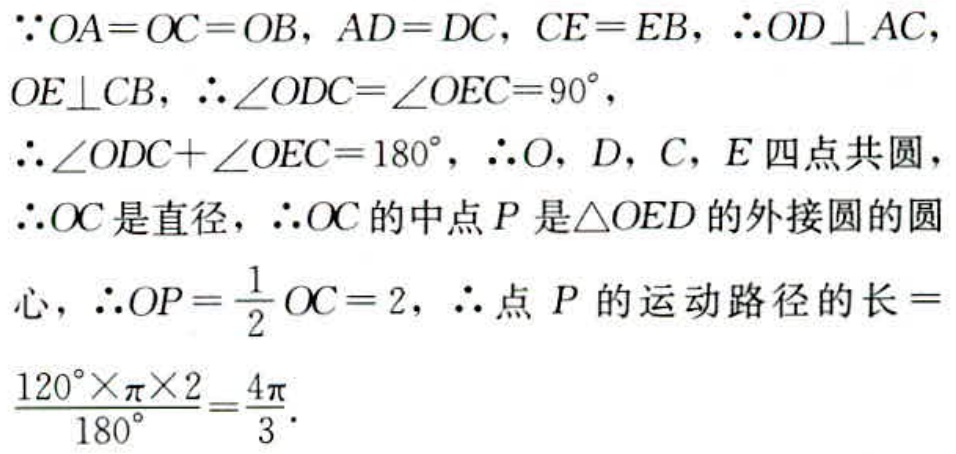
\(\because OA = OC = OB, AD = DC, CE = EB, \therefore OD\perp AC, OE\perp CB, \therefore \angle ODC=\angle OEC = 90^{\circ}, \therefore \angle ODC+\angle OEC = 180^{\circ}, \therefore O, D, C, E\)四点共圆，\(\therefore OC\)是直径，\(\therefore OC\)的中点\(P\)是\(\triangle OED\)的外接圆的圆心，\(\therefore OP=\frac{1}{2}OC = 2\)，\(\therefore\)点\(P\)的运动路径的长\(=\frac{120^{\circ}\times\pi\times2}{180^{\circ}}=\frac{4\pi}{3}\).